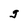
Character: g